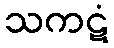
သကဋံ